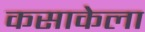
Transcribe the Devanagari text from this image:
कसाकेला